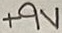
Text: +9V